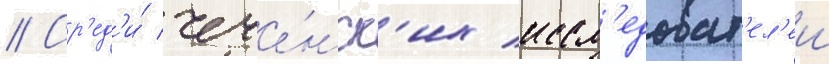
// Ср'ед'и́ чече́нск'их иссл'едоват'ел'еи